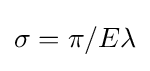
{\begin{aligned}\sigma =\pi /E\lambda \end{aligned}}